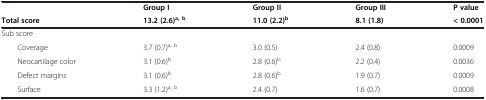
|  | Group I | Group II | Group III | P value |
 | Total score | 13.2 (2.6)a, b | 11.0 (2.2)b | 8.1 (1.8) | < 0.0001 |
 | --- | --- | --- | --- | --- |
 | Sub score |  |  |  |  |
 | Coverage | 3.7 (0.7)a, b | 3.0 (0.5) | 2.4 (0.8) | 0.0009 |
 | Neocartilage color | 3.1 (0.6)b | 2.8 (0.6)b | 2.2 (0.4) | 0.0036 |
 | Defect margins | 3.1 (0.6)b | 2.8 (0.6)b | 1.9 (0.7) | 0.0009 |
 | Surface | 3.3 (1.2)a, b | 2.4 (0.7) | 1.6 (0.7) | 0.0008 |